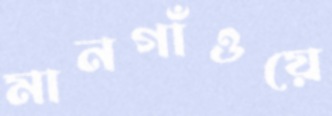
মানগাঁওয়ে